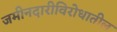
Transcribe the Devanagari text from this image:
जमीनदारीविरोधातील